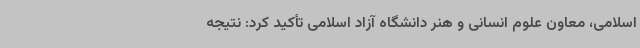
اسلامی، معاون علوم انسانی و هنر دانشگاه آزاد اسلامی تأکید کرد: نتیجه